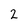
Character: 2